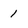
Character: 1